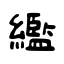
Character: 繿